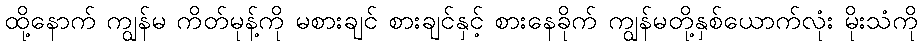
ထို့နောက် ကျွန်မ ကိတ်မုန့်ကို မစားချင် စားချင်နှင့် စားနေခိုက် ကျွန်မတို့နှစ်ယောက်လုံး မိုးသံကို